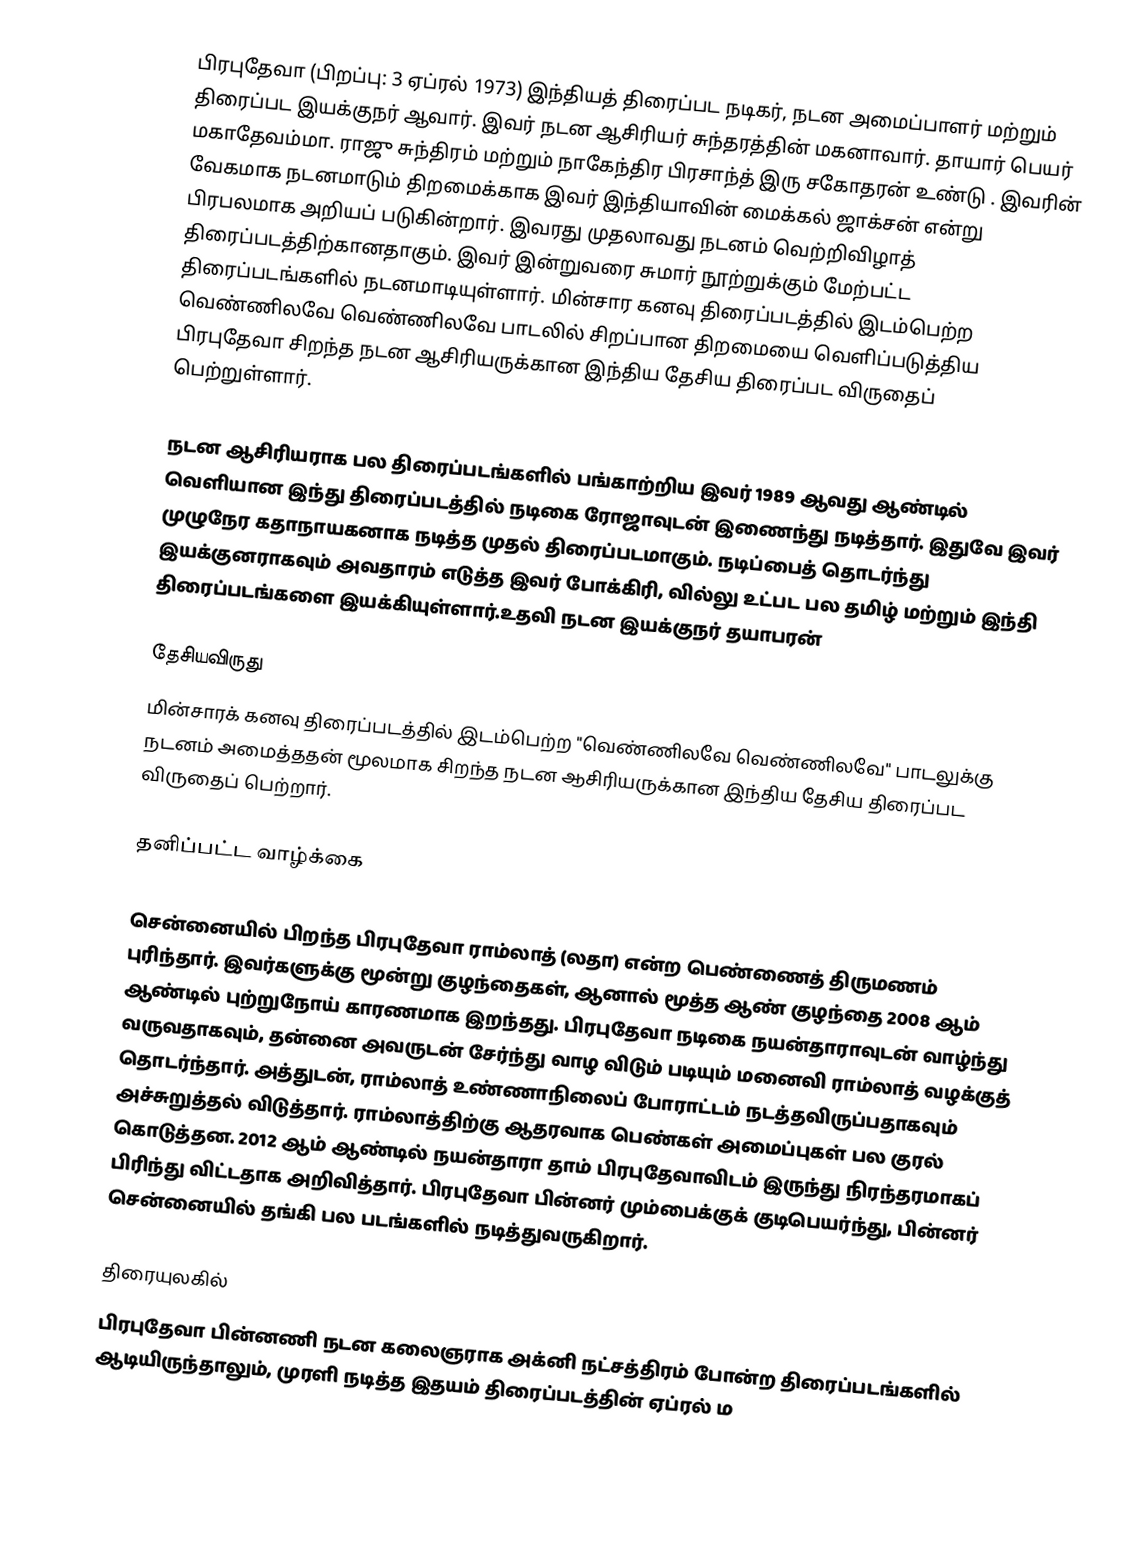
பிரபுதேவா (பிறப்பு: 3 ஏப்ரல் 1973) இந்தியத் திரைப்பட நடிகர், நடன அமைப்பாளர் மற்றும் திரைப்பட இயக்குநர் ஆவார். இவர் நடன ஆசிரியர் சுந்தரத்தின் மகனாவார். தாயார் பெயர் மகாதேவம்மா. ராஜு சுந்திரம் மற்றும் நாகேந்திர பிரசாந்த்  இரு சகோதரன் உண்டு .   இவரின் வேகமாக நடனமாடும் திறமைக்காக இவர் இந்தியாவின் மைக்கல் ஜாக்சன் என்று பிரபலமாக அறியப் படுகின்றார். இவரது முதலாவது நடனம் வெற்றிவிழாத் திரைப்படத்திற்கானதாகும். இவர் இன்றுவரை சுமார் நூற்றுக்கும் மேற்பட்ட திரைப்படங்களில் நடனமாடியுள்ளார். மின்சார கனவு திரைப்படத்தில் இடம்பெற்ற வெண்ணிலவே வெண்ணிலவே பாடலில் சிறப்பான திறமையை வெளிப்படுத்திய பிரபுதேவா சிறந்த நடன ஆசிரியருக்கான இந்திய தேசிய திரைப்பட விருதைப் பெற்றுள்ளார்.

நடன ஆசிரியராக பல திரைப்படங்களில் பங்காற்றிய இவர் 1989 ஆவது ஆண்டில் வெளியான இந்து திரைப்படத்தில் நடிகை ரோஜாவுடன் இணைந்து நடித்தார். இதுவே இவர் முழுநேர கதாநாயகனாக நடித்த முதல் திரைப்படமாகும். நடிப்பைத் தொடர்ந்து இயக்குனராகவும் அவதாரம் எடுத்த இவர் போக்கிரி, வில்லு உட்பட பல தமிழ் மற்றும் இந்தி திரைப்படங்களை இயக்கியுள்ளார்.உதவி நடன இயக்குநர் தயாபரன்

தேசியவிருது
மின்சாரக் கனவு திரைப்படத்தில் இடம்பெற்ற "வெண்ணிலவே வெண்ணிலவே" பாடலுக்கு நடனம் அமைத்ததன் மூலமாக சிறந்த நடன ஆசிரியருக்கான இந்திய தேசிய திரைப்பட விருதைப் பெற்றார்.

தனிப்பட்ட வாழ்க்கை

சென்னையில் பிறந்த  பிரபுதேவா ராம்லாத் (லதா) என்ற பெண்ணைத் திருமணம் புரிந்தார். இவர்களுக்கு மூன்று குழந்தைகள், ஆனால் மூத்த ஆண் குழந்தை 2008 ஆம் ஆண்டில் புற்றுநோய் காரணமாக இறந்தது. பிரபுதேவா நடிகை நயன்தாராவுடன் வாழ்ந்து வருவதாகவும், தன்னை அவருடன் சேர்ந்து வாழ விடும் படியும் மனைவி ராம்லாத் வழக்குத் தொடர்ந்தார். அத்துடன், ராம்லாத் உண்ணாநிலைப் போராட்டம் நடத்தவிருப்பதாகவும் அச்சுறுத்தல் விடுத்தார். ராம்லாத்திற்கு ஆதரவாக பெண்கள் அமைப்புகள் பல குரல் கொடுத்தன. 2012 ஆம் ஆண்டில் நயன்தாரா தாம் பிரபுதேவாவிடம் இருந்து நிரந்தரமாகப் பிரிந்து விட்டதாக அறிவித்தார். பிரபுதேவா பின்னர் மும்பைக்குக் குடிபெயர்ந்து, பின்னர் சென்னையில் தங்கி பல படங்களில் நடித்துவருகிறார்.

திரையுலகில்
பிரபுதேவா பின்னணி நடன கலைஞராக அக்னி நட்சத்திரம் போன்ற திரைப்படங்களில் ஆடியிருந்தாலும், முரளி நடித்த இதயம் திரைப்படத்தின் ஏப்ரல் ம